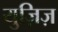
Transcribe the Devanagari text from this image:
युज़िज़